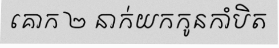
គោក ២ នាក់យកកូនកាំបិត